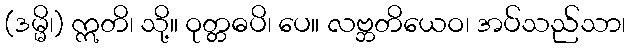
(ဒမ္မိ၊) ဣတိ၊ သို့။ ဝုတ္တဓပိ၊ ပေ။ လဗ္ဘတိယေဝ၊ အပ်သည်သာ၊